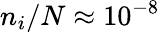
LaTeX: n_{i}/N\approx 10^{-8}